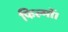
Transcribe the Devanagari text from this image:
फिल्मों।